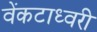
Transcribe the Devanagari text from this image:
वेंकटाध्वरी